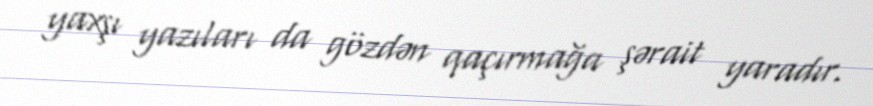
yaxşı yazıları da gözdən qaçırmağa şərait yaradır.